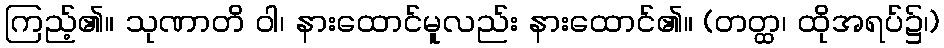
ကြည့်၏။ သုဏာတိ ဝါ၊ နားထောင်မူလည်း နားထောင်၏။ (တတ္ထ၊ ထိုအရပ်၌၊)